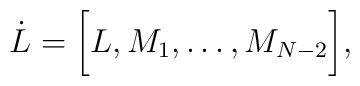
\dot{L}=\biggl\lbrack L,M_1,\dots, M_{N-2}\biggl\rbrack,